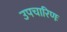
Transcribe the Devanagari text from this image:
उपचारिणः